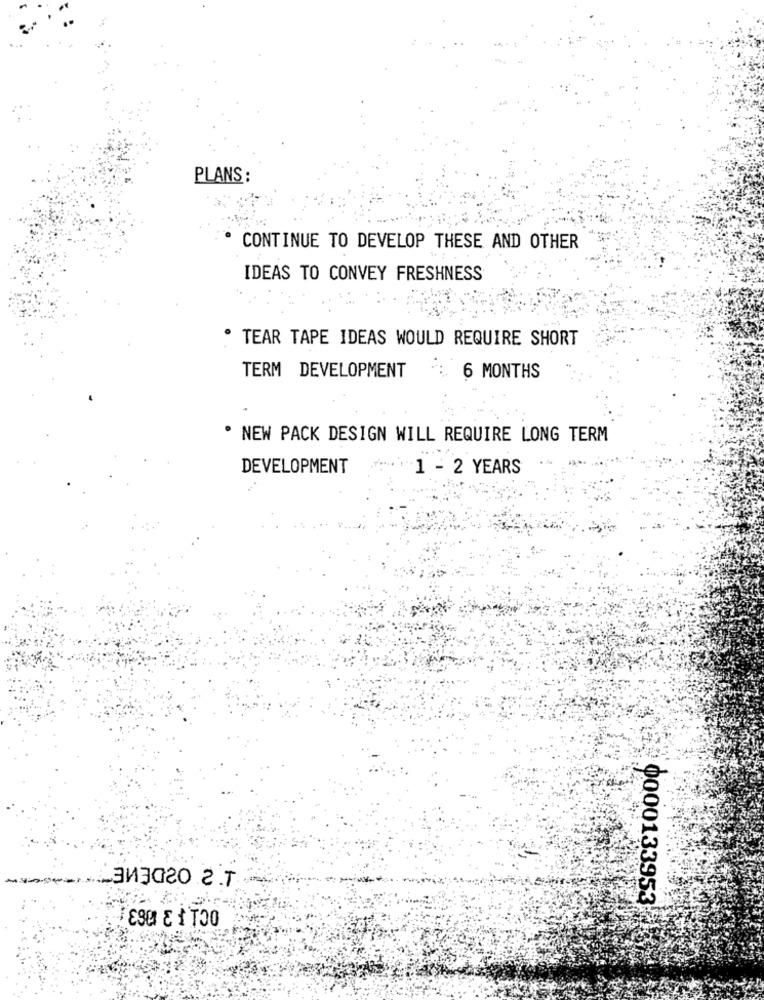
PLANS :
. CONTINUE TO DEVELOP THESE AND OTHER
IDEAS TO CONVEY FRESHNESS
TEAR TAPE IDEAS WOULD REQUIRE SHORT
TERM DEVELOPMENT
6 MONTHS
. NEW PACK DESIGN WILL REQUIRE LONG TERM
DEVELOPMENT
1 - 2 YEARS
-3-
_343020.2.T
0000133953